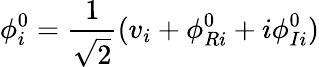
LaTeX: \phi_{i}^{0}={\frac{1}{\sqrt{2}}}(v_{i}+\phi_{Ri}^{0}+i\phi_{Ii}^{0})